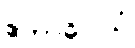
ဧကာဓိပ္ပါယံ